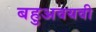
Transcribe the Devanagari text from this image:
बहुअवयवी